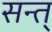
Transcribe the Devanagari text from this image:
सन्त्